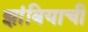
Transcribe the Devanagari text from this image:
झांबियाची